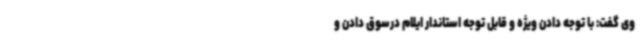
وی گفت: با توجه دادن ویژه و قابل توجه استاندار ایلام درسوق دادن و